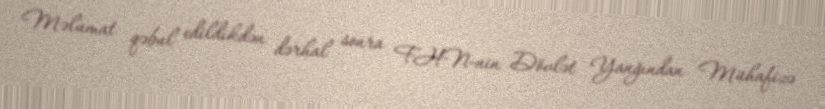
Məlumat qəbul edildikdən dərhal sonra FHN-nin Dövlət Yanğından Mühafizə